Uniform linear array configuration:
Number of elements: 16
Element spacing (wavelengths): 0.25
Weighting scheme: hamming
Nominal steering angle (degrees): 60
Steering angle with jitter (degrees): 61.934
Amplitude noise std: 0.05
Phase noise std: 0.05

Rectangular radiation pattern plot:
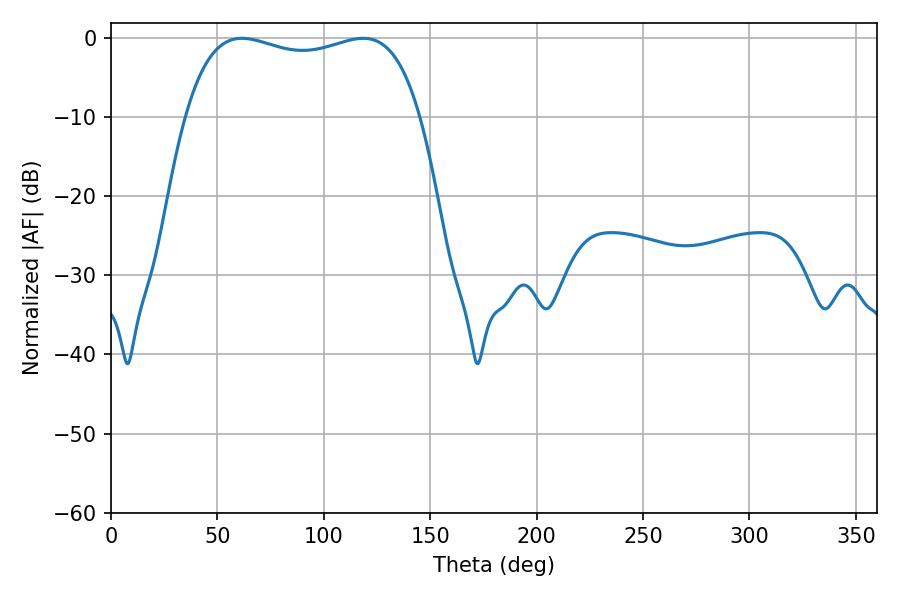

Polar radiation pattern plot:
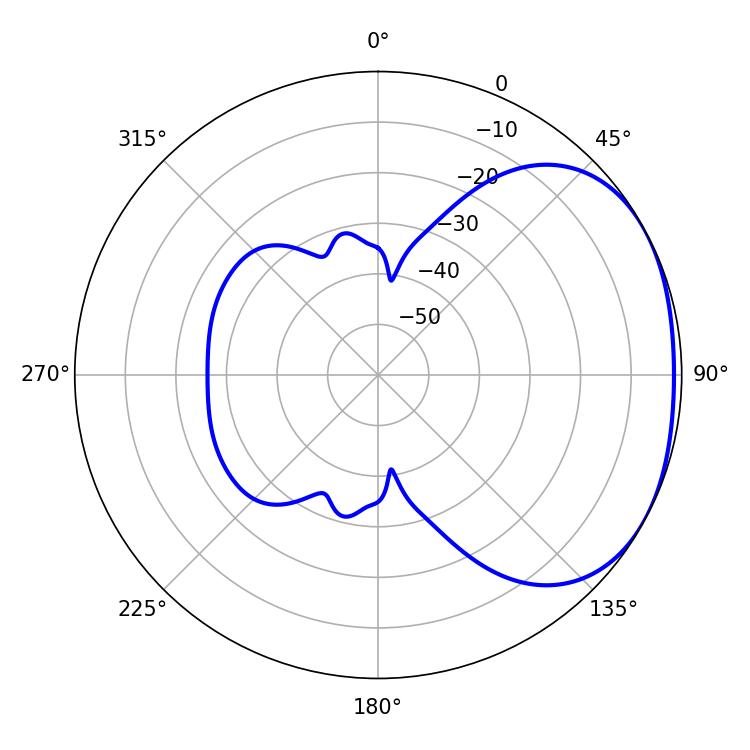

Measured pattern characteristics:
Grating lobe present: FALSE
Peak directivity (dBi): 2.06
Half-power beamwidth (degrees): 89.64
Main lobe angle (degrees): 61.56